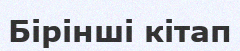
Бірінші кітап